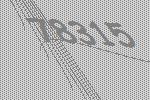
78315